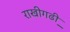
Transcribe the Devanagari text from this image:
राखीगढी़